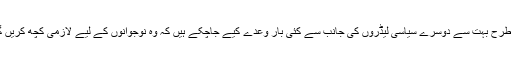
اس طرح بہت سے دوسرے سیاسی لیڈروں کی جانب سے کئی بار وعدے کیے جاچکے ہیں کہ وہ نوجوانوں کے لیے لازمی کچھ کریں گے۔